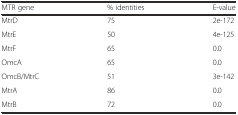
<table><thead><tr><td><b>MTR gene</b></td><td><b>% identities</b></td><td><b>E-value</b></td></tr></thead><tbody><tr><td>MtrD</td><td>75</td><td>2e-172</td></tr><tr><td>MtrE</td><td>50</td><td>4e-125</td></tr><tr><td>MtrF</td><td>65</td><td>0.0</td></tr><tr><td>OmcA</td><td>65</td><td>0.0</td></tr><tr><td>OmcB/MtrC</td><td>51</td><td>3e-142</td></tr><tr><td>MtrA</td><td>86</td><td>0.0</td></tr><tr><td>MtrB</td><td>72</td><td>0.0</td></tr></tbody></table>